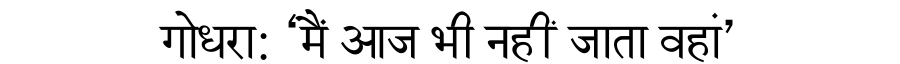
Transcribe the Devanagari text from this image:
गोधरा: ‘मैं आज भी नहीं जाता वहां’